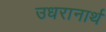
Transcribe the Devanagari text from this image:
उधरानार्थ